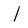
Character: 1